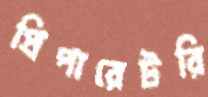
প্রিপারেটরি